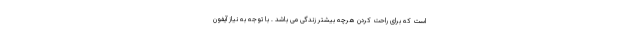
است که برای راحت کردن هرچه بیشتر زندگی می باشد . با توجه به نیاز آیفون